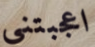
اعجبتني